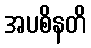
အပစိနတိ